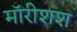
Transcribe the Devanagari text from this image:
मॉरीशश